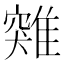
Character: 𩀆